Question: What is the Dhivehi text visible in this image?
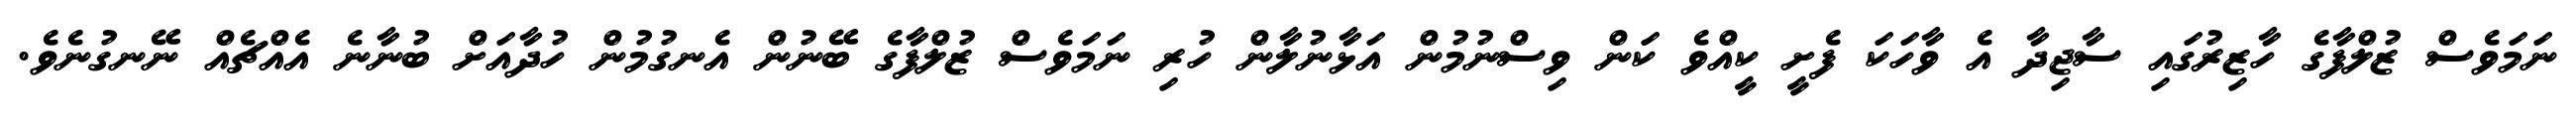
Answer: ނަމަވެސް ޒުލްފާގެ ހާޒިރުގައި ސާޖިދާ އެ ވާހަކަ ފެށީ ކީއްވެ ކަން ވިސްނުމުން އަޅާނުލާން ހުރި ނަމަވެސް ޒުލްފާގެ ބޭނުން އެނގުމުން ހުދާއަށް ބުނާނެ އެއްޗެއް ނޭނގުނެވެ.